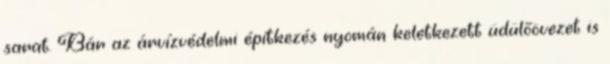
sarat. Bár az árvízvédelmi építkezés nyomán keletkezett üdülőövezet is